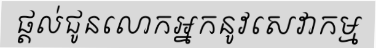
ផ្តល់ជូនលោកអ្នកនូវសេវាកម្ម